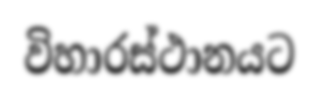
විහාරස්ථානයට